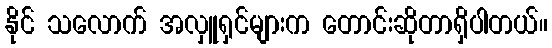
နိုင် သလောက် အလှူရှင်များက တောင်းဆိုတာရှိပါတယ်။